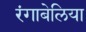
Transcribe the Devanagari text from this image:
रंगाबेलिया